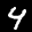
Label: 4